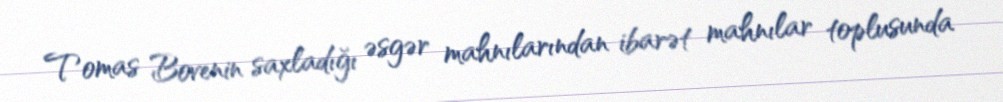
Tomas Bovenin saxladığı əsgər mahnılarından ibarət mahnılar toplusunda